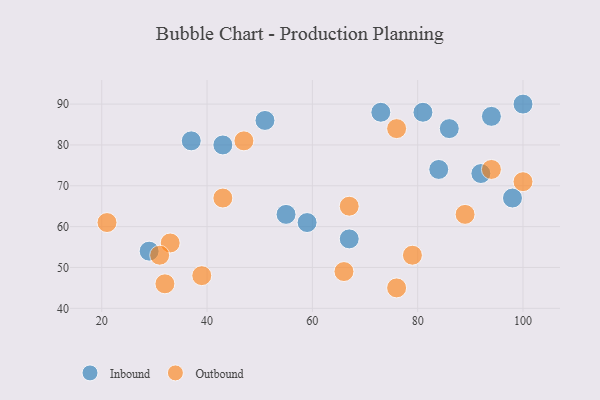
{"axis": {"x": "GDP", "y": "Life Expectancy"}, "legend": ["Inbound", "Outbound"], "data": [{"x": "67", "y": 57, "type": "Inbound"}, {"x": "29", "y": 54, "type": "Inbound"}, {"x": "59", "y": 61, "type": "Inbound"}, {"x": "55", "y": 63, "type": "Inbound"}, {"x": "84", "y": 74, "type": "Inbound"}, {"x": "94", "y": 87, "type": "Inbound"}, {"x": "73", "y": 88, "type": "Inbound"}, {"x": "37", "y": 81, "type": "Inbound"}, {"x": "81", "y": 88, "type": "Inbound"}, {"x": "51", "y": 86, "type": "Inbound"}, {"x": "86", "y": 84, "type": "Inbound"}, {"x": "98", "y": 67, "type": "Inbound"}, {"x": "100", "y": 90, "type": "Inbound"}, {"x": "92", "y": 73, "type": "Inbound"}, {"x": "43", "y": 80, "type": "Inbound"}, {"x": "76", "y": 84, "type": "Outbound"}, {"x": "32", "y": 46, "type": "Outbound"}, {"x": "100", "y": 71, "type": "Outbound"}, {"x": "66", "y": 49, "type": "Outbound"}, {"x": "47", "y": 81, "type": "Outbound"}, {"x": "89", "y": 63, "type": "Outbound"}, {"x": "39", "y": 48, "type": "Outbound"}, {"x": "67", "y": 65, "type": "Outbound"}, {"x": "79", "y": 53, "type": "Outbound"}, {"x": "94", "y": 74, "type": "Outbound"}, {"x": "33", "y": 56, "type": "Outbound"}, {"x": "21", "y": 61, "type": "Outbound"}, {"x": "31", "y": 53, "type": "Outbound"}, {"x": "76", "y": 45, "type": "Outbound"}, {"x": "43", "y": 67, "type": "Outbound"}]}